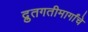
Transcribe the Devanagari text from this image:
द्रुतगतीमार्गांचे